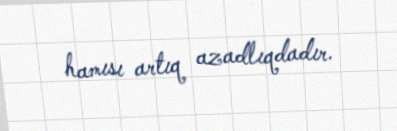
hamısı artıq azadlıqdadır.